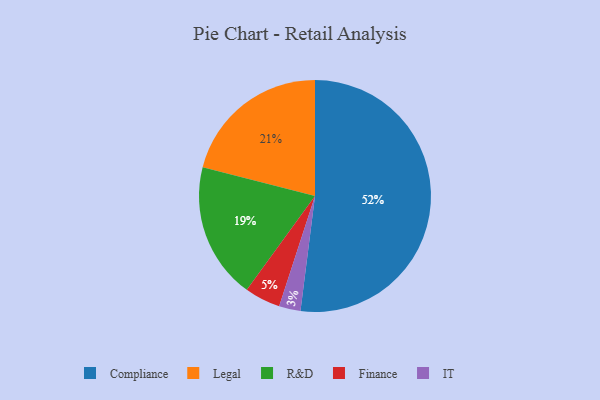
{"axis": {"x": "Category", "y": "Percentage"}, "legend": ["Compliance", "Finance", "IT", "Legal", "R&D"], "data": [{"x": "Finance", "y": 5, "type": "Finance"}, {"x": "Compliance", "y": 52, "type": "Compliance"}, {"x": "IT", "y": 3, "type": "IT"}, {"x": "R&D", "y": 19, "type": "R&D"}, {"x": "Legal", "y": 21, "type": "Legal"}]}